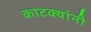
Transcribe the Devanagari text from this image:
काटक्यांनी